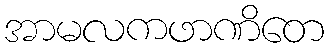
အာမလကဖာဏိတေ